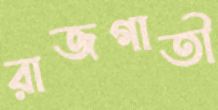
রাজগাতী